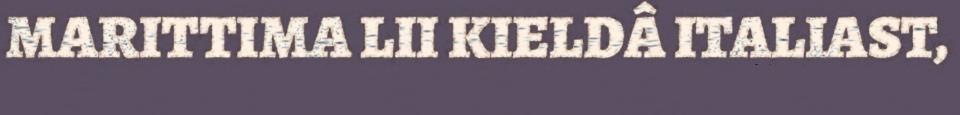
MARITTIMA LII KIELDÂ ITALIAST,